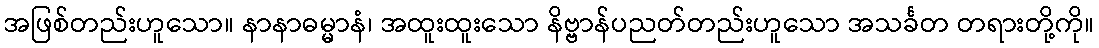
အဖြစ်တည်းဟူသော။ နာနာဓမ္မာနံ၊ အထူးထူးသော နိဗ္ဗာန်ပညတ်တည်းဟူသော အသင်္ခတ တရားတို့ကို။